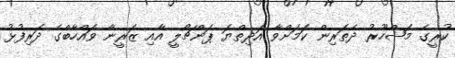
ކުރީގެ މަޝްހޫރު ދެތަރިން ކަމަށްވާ އަދިތްޔަ ޕަންޗޯލީ އާއި ޒަރީނާ ވައްހާބްގެ ދަރިފުޅު